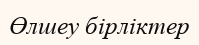
Өлшеу бірліктер